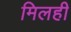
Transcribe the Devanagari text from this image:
मिलही